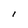
Character: l